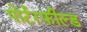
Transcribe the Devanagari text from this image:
पोर्टरफील्ड